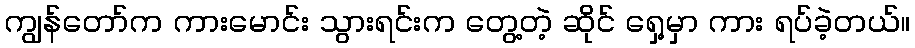
ကျွန်တော်က ကားမောင်း သွားရင်းက တွေ့တဲ့ ဆိုင် ရှေ့မှာ ကား ရပ်ခဲ့တယ်။